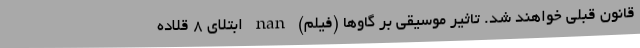
قانون قبلی خواهند شد. تاثیر موسیقی بر گاوها (فیلم) nan ابتلای ۸ قلاده